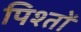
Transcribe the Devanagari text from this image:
पिश्तों